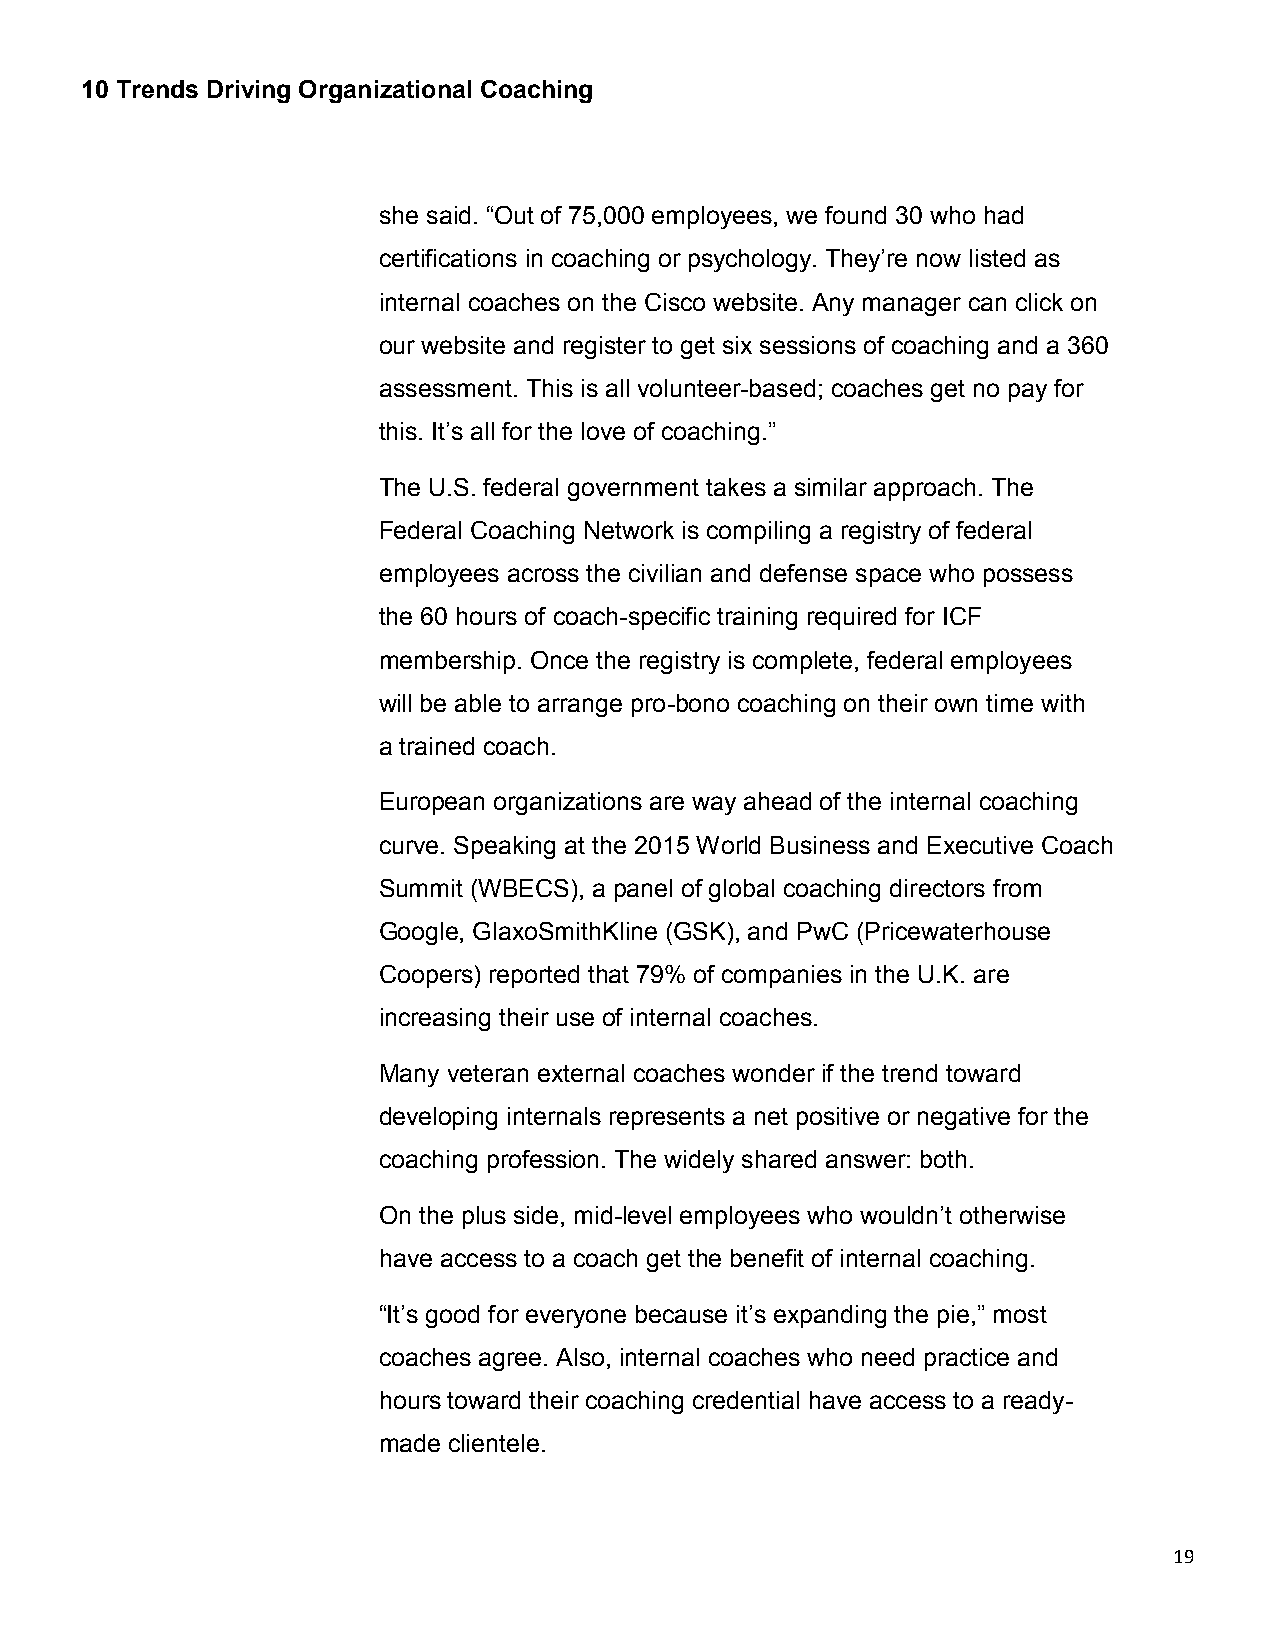
10 Trends Driving Organizational Coaching
 she said. “Out of 75,000 employees, we found 30 who had
 certifications in coaching or psychology. They’re now listed as
 internal coaches on the Cisco website. Any manager can click on
 our website and register to get six sessions of coaching and a 360
 assessment. This is all volunteer-based; coaches get no pay for
 this. It’s all for the love of coaching.”
 The U.S. federal government takes a similar approach. The
 Federal Coaching Network is compiling a registry of federal
 employees across the civilian and defense space who possess
 the 60 hours of coach-specific training required for ICF
 membership. Once the registry is complete, federal employees
 will be able to arrange pro-bono coaching on their own time with
 a trained coach.
 European organizations are way ahead of the internal coaching
 curve. Speaking at the 2015 World Business and Executive Coach
 Summit (WBECS), a panel of global coaching directors from
 Google, GlaxoSmithKline (GSK), and PwC (Pricewaterhouse
 Coopers) reported that 79% of companies in the U.K. are
 increasing their use of internal coaches.
 Many veteran external coaches wonder if the trend toward
 developing internals represents a net positive or negative for the
 coaching profession. The widely shared answer: both.
 On the plus side, mid-level employees who wouldn’t otherwise
 have access to a coach get the benefit of internal coaching.
 “It’s good for everyone because it’s expanding the pie,” most
 coaches agree. Also, internal coaches who need practice and
 hours toward their coaching credential have access to a ready-
 made clientele.
 19